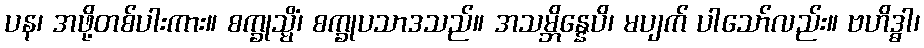
ပန၊ အဖို့တစ်ပါးကား။ စက္ခုသ္မိံ၊ စက္ခုပသာဒသည်။ အသမ္ဘိန္နေပိ၊ မပျက် ပါသော်လည်း။ ဗဟိဒ္ဓါ၊